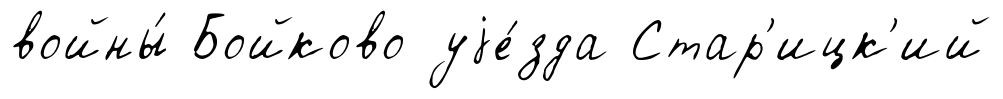
войны́ Бойково уjе́зда Стар'ицк'ий